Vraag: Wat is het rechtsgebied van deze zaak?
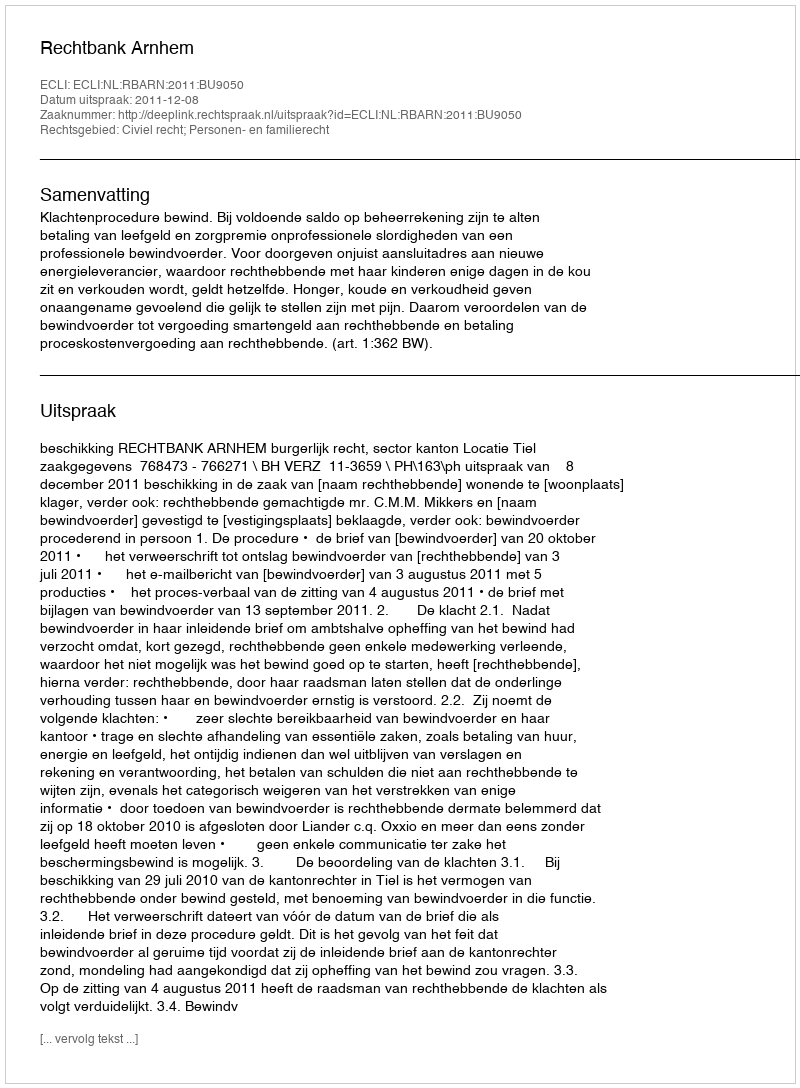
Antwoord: Civiel recht; Personen- en familierecht